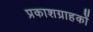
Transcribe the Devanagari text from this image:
प्रकाशग्राहकों